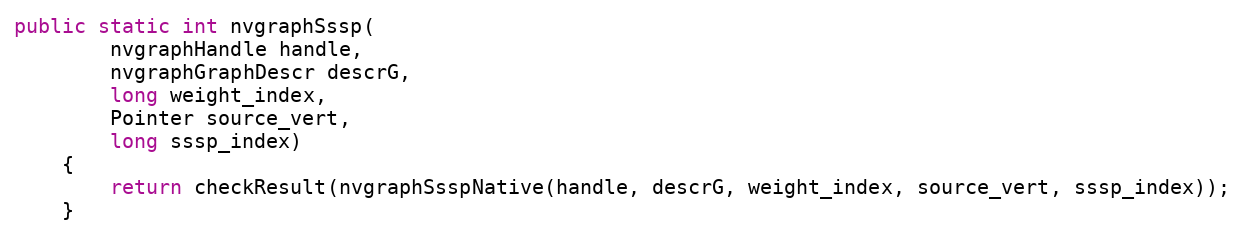
Language: Java
public static int nvgraphSssp(
        nvgraphHandle handle,
        nvgraphGraphDescr descrG,
        long weight_index,
        Pointer source_vert,
        long sssp_index)
    {
        return checkResult(nvgraphSsspNative(handle, descrG, weight_index, source_vert, sssp_index));
    }